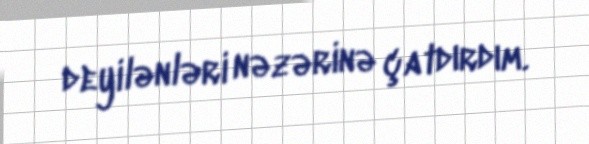
deyilənləri nəzərinə çatdırdım.